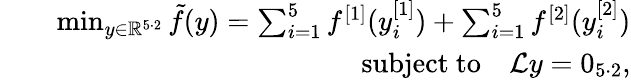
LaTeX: \begin{array}{rlr}&{}&{\operatorname*{min}_{y\in\mathbb{R}^{5\cdot 2}}\tilde{f}(y)=\sum_{i=1}^{5}f^{[1]}(y_{i}^{[1]})+\sum_{i=1}^{5}f^{[2]}(y_{i}^{[2]})}\\ &{}&{\mathrm{subject~to}\quad\mathcal{L}y=0_{5\cdot 2},}\end{array}